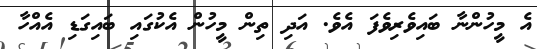
އެ މީހުންނާ ބައިވެރިވެފަ އެވެ. އަދި ތިން މީހުން އެކުގައި ބައިގަޑި އެއްހާ